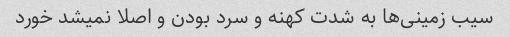
سیب زمینی‌ها به شدت کهنه و سرد بودن و اصلا نمیشد خورد